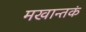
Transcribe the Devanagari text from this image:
मखान्तकं